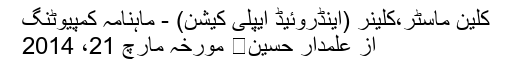
کلین ماسٹر،کلینر (اینڈروئیڈ ایپلی کیشن) - ماہنامہ کمپیوٹنگ
از علمدار حسین	 مورخہ مارچ 21، 2014